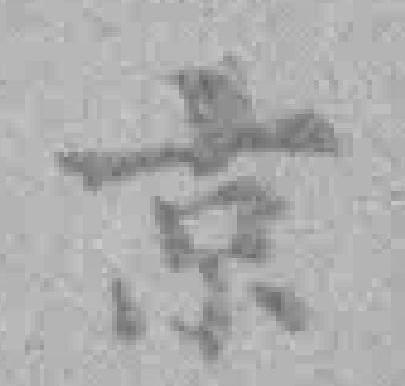
京